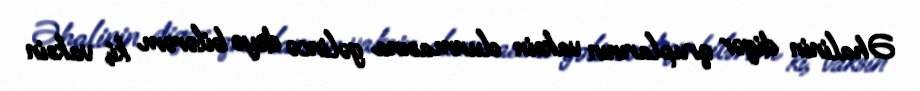
Əhalinin digər qruplarının vaksin olunmasına gəlincə deyə bilərəm ki, vaksin